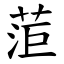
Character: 菃